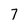
Character: 7